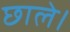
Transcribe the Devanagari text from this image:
छाले।